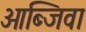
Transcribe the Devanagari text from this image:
ओब्जिवा